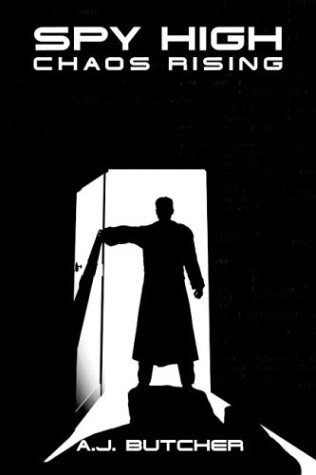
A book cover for Spy High Mission Two: Chaos Rising (Spy High (Little Brown and Company)); A. J. Butcher; Teen & Young Adult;